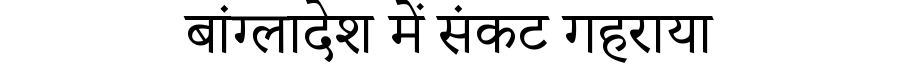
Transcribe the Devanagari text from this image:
बांग्लादेश में संकट गहराया